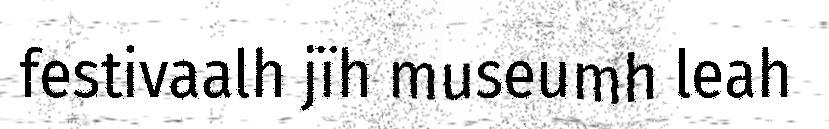
festivaalh jïh museumh leah